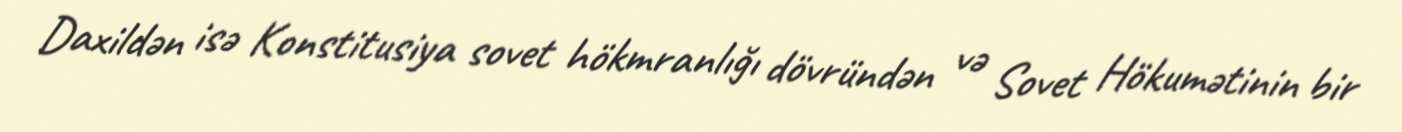
Daxildən isə Konstitusiya sovet hökmranlığı dövründən və Sovet Hökumətinin bir